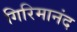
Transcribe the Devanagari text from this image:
गिरिमानंद